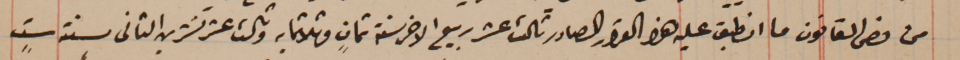
من نص القانون ما انطبق عليه هذا القرار الصادر ثالث عشر ربيع الاخر سنة ثمانٍ وثلاثين  وثالث عشر تشرين التانى سنة ستٍ